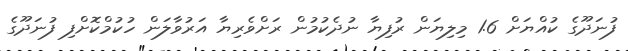
ފުނަދޫގެ ކުއްޔަށް 1.6 މިލިޔަން ރުފިޔާ ނުދެކުމުން ރަށްވެރިޔާ އަރުވާލަން ހުކުމްކޮށްފި ފުނަދޫގެ